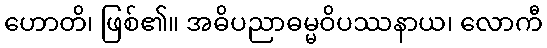
ဟောတိ၊ ဖြစ်၏။ အဓိပညာဓမ္မဝိပဿနာယ၊ လောကီ